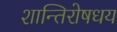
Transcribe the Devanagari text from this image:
शान्तिरोषधय